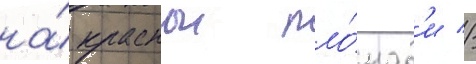
на́ краснои пло́щад'и //